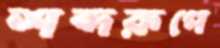
শব্দরূপে